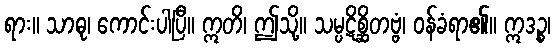
ရား။ သာဓု၊ ကောင်းပါပြီ။ ဣတိ၊ ဤသို့။ သမ္ပဋိစ္ဆိတဗ္ဗံ၊ ဝန်ခံရာ၏။ ဣဒဉ္စ၊